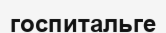
госпитальге